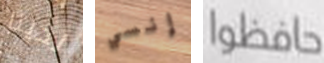
لدينا إنسي حافظوا